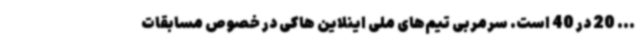
... 20 در 40 است. سرمربی تیم‌های ملی اینلاین هاکی در خصوص مسابقات